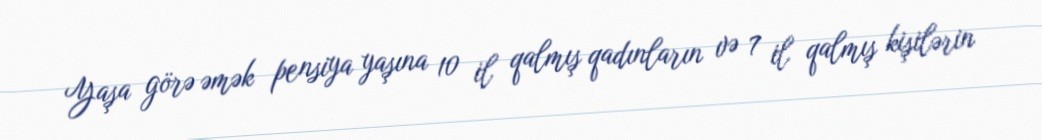
Yaşa görə əmək pensiya yaşına 10 il qalmış qadınların və 7 il qalmış kişilərin